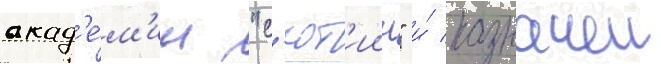
акад'е́м'ии "с'ют'иин" и́ казначеи